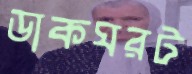
ডাকঘরট